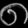
Digit: ၈